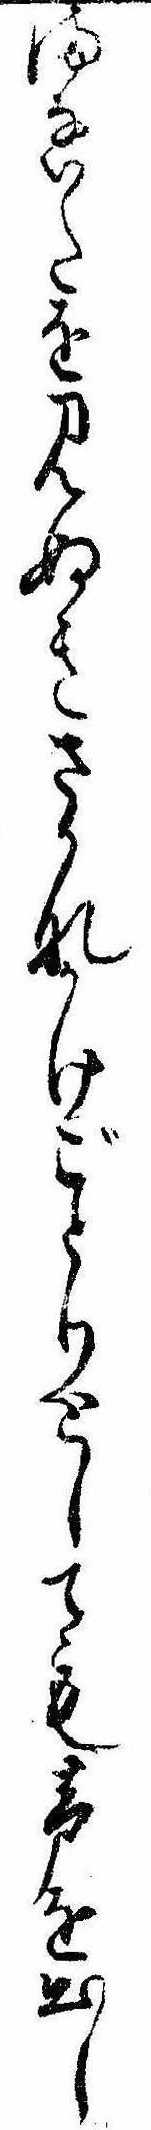
まないたを見ぬきさかなかけごとりとしても声を出し